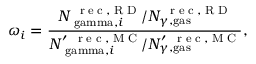
\omega _ { i } = \frac { { N _ { \mathrm { \ g a m m a } , i } ^ { \mathrm { ~ \tiny ~ r ~ e ~ c ~ , ~ R ~ D ~ } } } / { N _ { \gamma , \mathrm { g a s } } ^ { \mathrm { ~ \tiny ~ r ~ e ~ c ~ , ~ R ~ D ~ } } } } { { N _ { \mathrm { \ g a m m a } , i } ^ { \prime \, \mathrm { ~ \tiny ~ r ~ e ~ c ~ , ~ M ~ C ~ } } } / { N _ { \gamma , \mathrm { g a s } } ^ { \prime \, \mathrm { ~ \tiny ~ r ~ e ~ c ~ , ~ M ~ C ~ } } } } ,